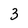
Character: 3